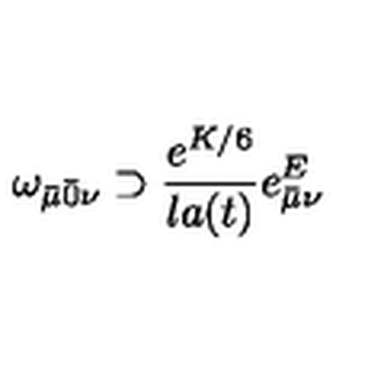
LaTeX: \omega _ { \bar { \mu } \bar { 0 } \nu } \supset \frac { e ^ { K / 6 } } { l a ( t ) } e _ { \bar { \mu } \nu } ^ { E }